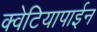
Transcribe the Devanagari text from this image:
क्वेटियापाईन